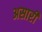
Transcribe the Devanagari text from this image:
असारी